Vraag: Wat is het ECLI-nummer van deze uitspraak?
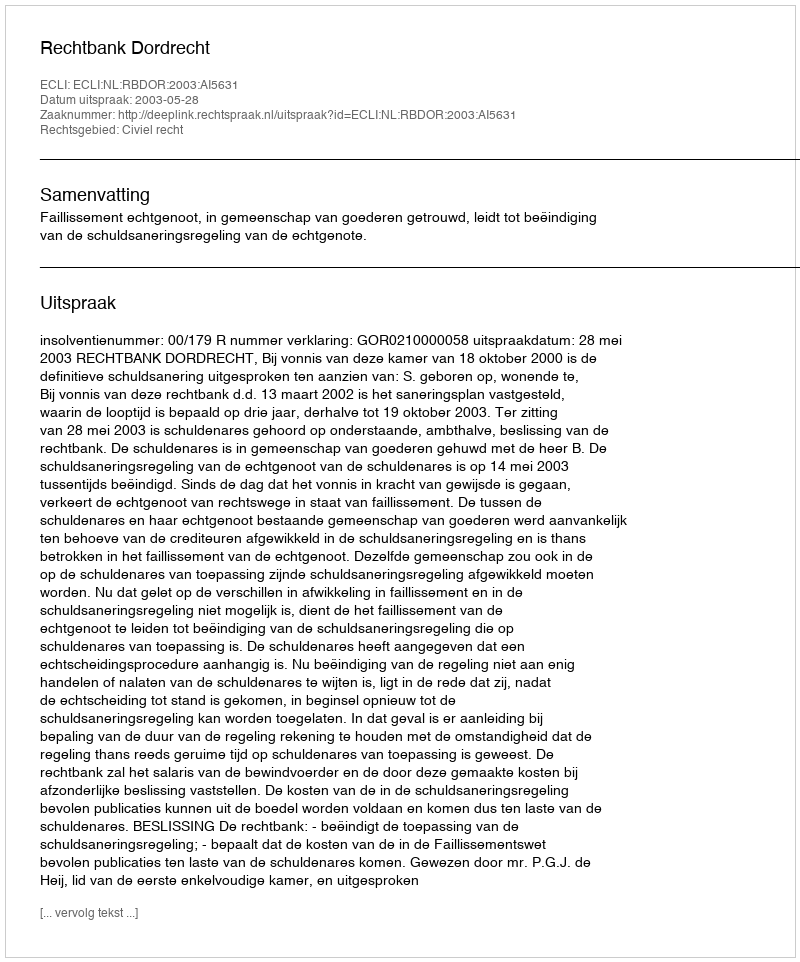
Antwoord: ECLI:NL:RBDOR:2003:AI5631